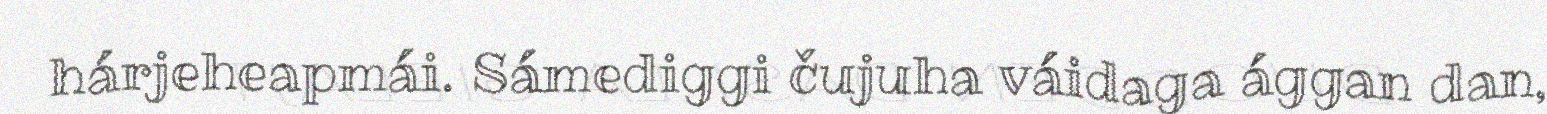
hárjeheapmái. Sámediggi čujuha váidaga ággan dan,